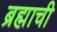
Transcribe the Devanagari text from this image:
ब्रह्माची